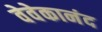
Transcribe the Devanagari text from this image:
वेवेकानंद